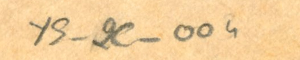
YS_2C_004